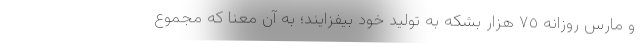
و مارس روزانه ٧٥ هزار بشکه به تولید خود بیفزایند؛ به آن معنا که مجموع